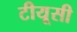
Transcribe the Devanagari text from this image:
टीयूसी